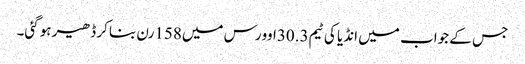
جس کے جواب میں انڈیا کی ٹیم30.3اوورس میں158رن بناکر ڈھیر ہوگئی۔